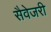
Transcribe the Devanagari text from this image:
सैवेजरी